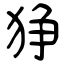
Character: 狰